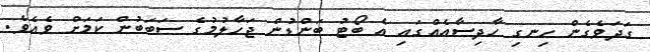
ގަދަވެގެން ހިނގި ހާދިސާއެއްގައި އެ ބޯޓު ބަންޑުން ޖަހާލުމުގެ ސަބަބުން ކަމަށް ވެއެވެ.